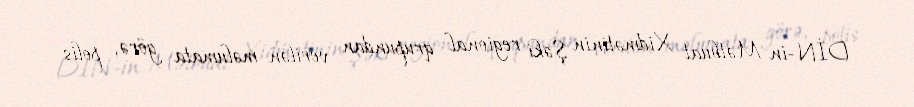
DİN-in Mətbuat Xidmətinin Şəki regional qrupundan verilən məlumata görə, polis